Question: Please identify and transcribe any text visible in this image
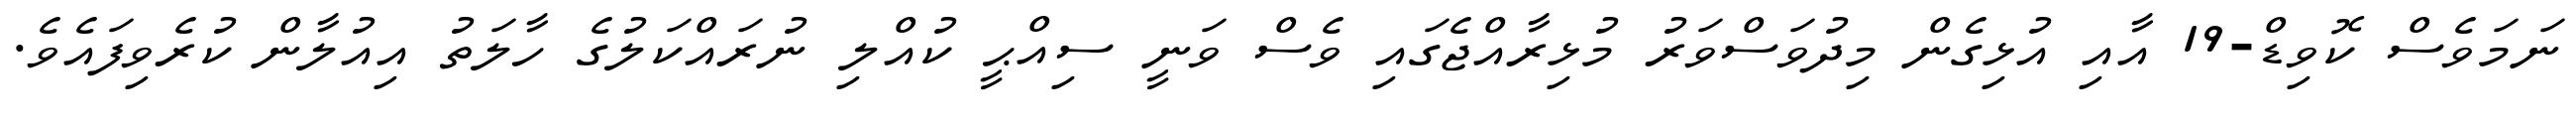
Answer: ނަމަވެސް ކޮވިޑް-19 އާއި އުޅިގެން މިދުވަސްވަރު މުޅިރާއްޖެގައި ވެސް ވަނީ ސިއްޙީ ކުއްލި ނުރައްކަލުގެ ހާލަތު އިއުލާން ކުރެވިފައެވެ.